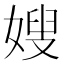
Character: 嫂